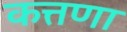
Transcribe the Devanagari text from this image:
कत्तणा